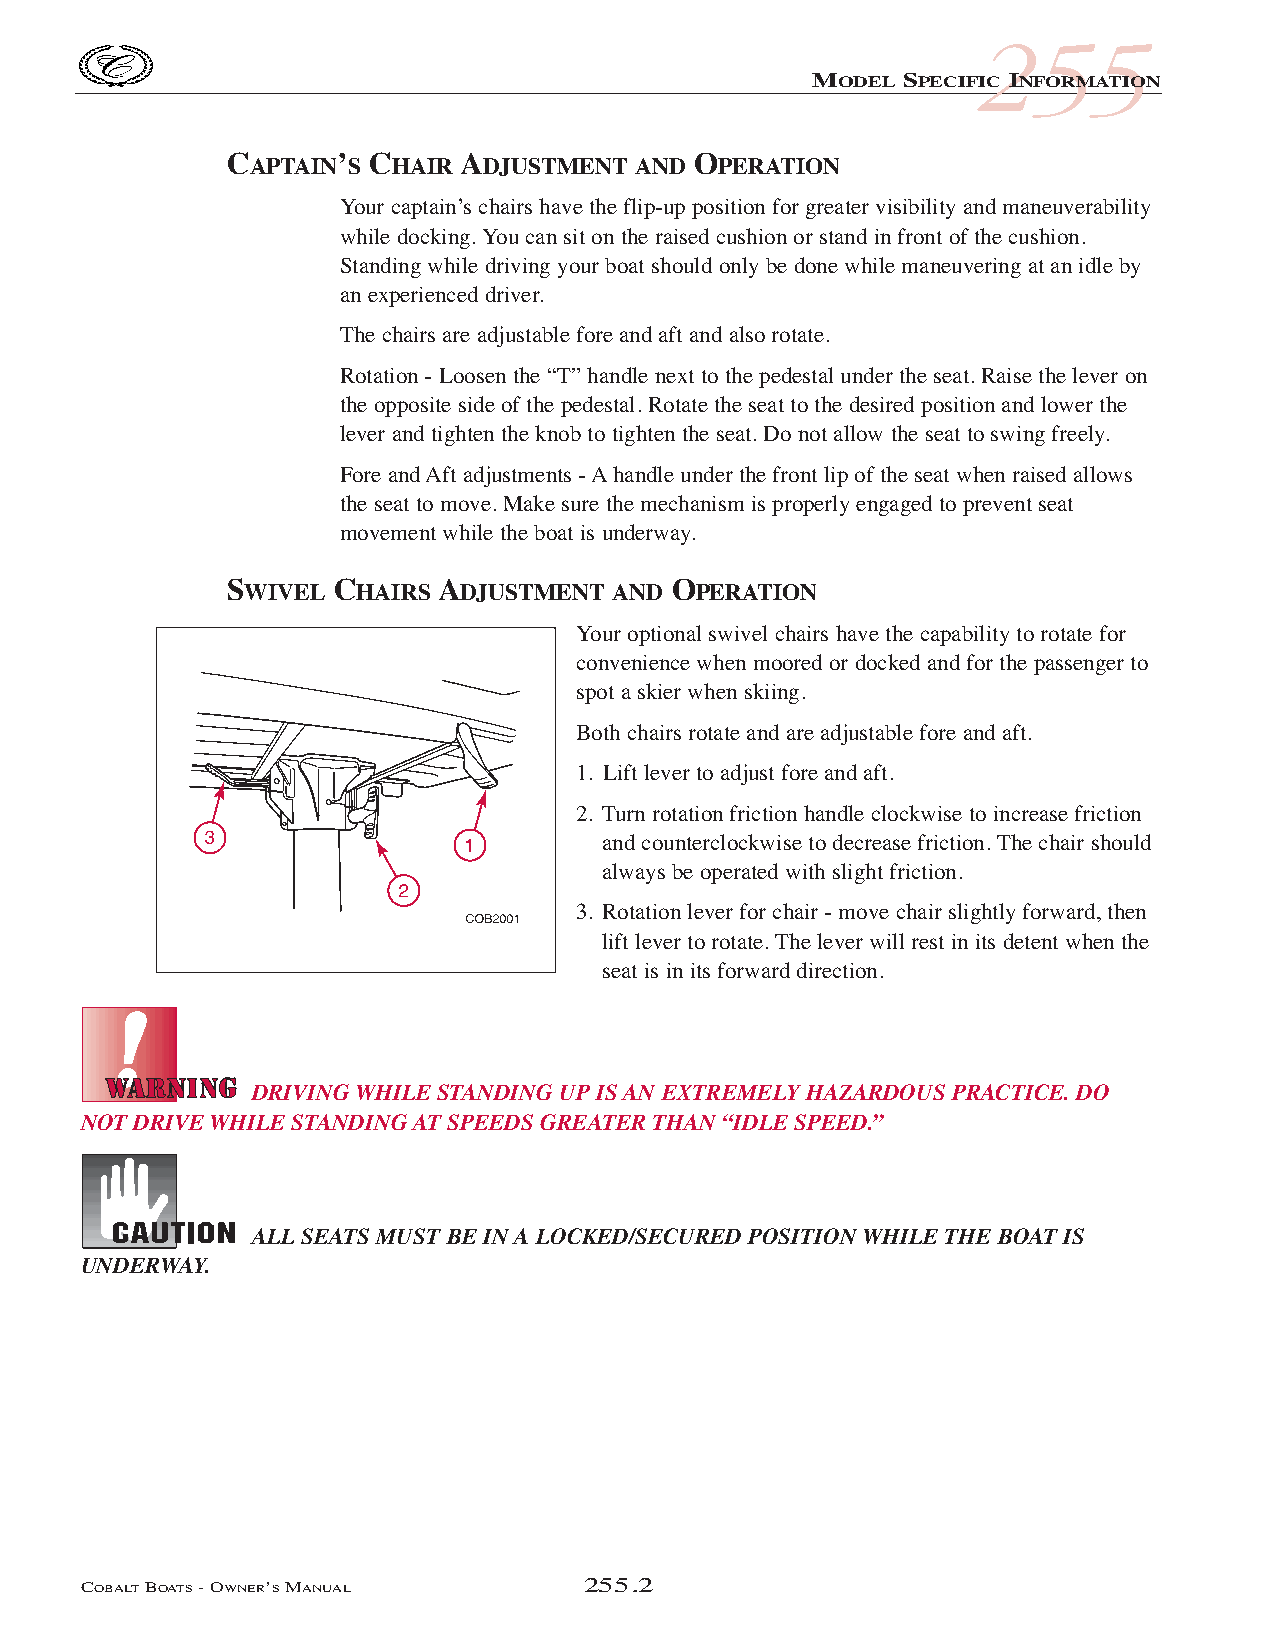
COB_05 Sect 250.qxd 3/18/05 9:27 AM Page 255.2
 255
 MODEL SPECIFIC INFORMATION
 CAPTAIN’S CHAIR ADJUSTMENT AND OPERATION
 Your captain’s chairs have the flip-up position for greater visibility and maneuverability
 while docking. You can sit on the raised cushion or stand in front of the cushion.
 Standing while driving your boat should only be done while maneuvering at an idle by
 an experienced driver.
 The chairs are adjustable fore and aft and also rotate.
 Rotation - Loosen the “T” handle next to the pedestal under the seat. Raise the lever on
 the opposite side of the pedestal. Rotate the seat to the desired position and lower the
 lever and tighten the knob to tighten the seat. Do not allow the seat to swing freely.
 Fore and Aft adjustments - Ahandle under the front lip of the seat when raised allows
 the seat to move. Make sure the mechanism is properly engaged to prevent seat
 movement while the boat is underway.
 SWIVEL  CHAIRS ADJUSTMENT AND OPERATION
 Your optional swivel chairs have the capability to rotate for
 convenience when moored or docked and for the passenger to
 spot a skier when skiing.
 Both chairs rotate and are adjustable fore and aft.
 1. Lift lever to adjust fore and aft.
 2. Turn rotation friction handle clockwise to increase friction
 and counterclockwise to decrease friction. The chair should
 always be operated with slight friction.
 3. Rotation lever for chair - move chair slightly forward, then
 lift lever to rotate. The lever will rest in its detent when the
 seat is in its forward direction.
 DRIVING WHILE STANDING UP IS AN EXTREMELY HAZARDOUS PRACTICE. DO
 NOT DRIVE WHILE STANDING AT SPEEDS GREATER THAN “IDLE SPEED.”
 ALL SEATS MUST BE IN A LOCKED/SECURED POSITION WHILE THE BOAT IS
 UNDERWAY.
 COBALTBOATS- OWNER’SMANUAL       255.2